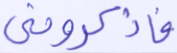
فاذكروني